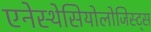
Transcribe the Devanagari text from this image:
एनेस्थेसियोलोजिस्ट्स